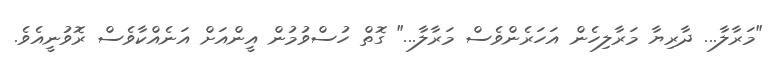
"މަރާލާ... ދާރިޔާ މަރާލިހެން އަހަރެންވެސް މަރާލާ..." ގޮތް ހުސްވުމުން އީންއަށް އަނެއްކާވެސް ރޮވުނީއެވެ.